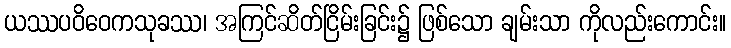
ယဿပဝိဝေကသုခဿ၊ အကြင်ဆိတ်ငြိမ်းခြင်း၌ ဖြစ်သော ချမ်းသာ ကိုလည်းကောင်း။